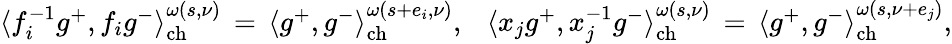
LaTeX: \begin{array}{r}{\langle f_{i}^{-1}g^{+},f_{i}g^{-}\rangle_{\mathrm{ch}}^{\omega(s,\nu)}\, =\, \langle g^{+},g^{-}\rangle_{\mathrm{ch}}^{\omega(s+{e}_{i},\nu)},\ \ \ \langle x_{j}g^{+},x_{j}^{-1}g^{-}\rangle_{\mathrm{ch}}^{\omega(s,\nu)}\, =\, \langle g^{+},g^{-}\rangle_{\mathrm{ch}}^{\omega(s,\nu+{e}_{j})},}\end{array}